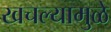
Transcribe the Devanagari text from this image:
खचल्यामुळे